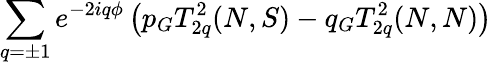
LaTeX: \sum_{q=\pm 1}e^{-2iq\phi}\left(p_{G}T_{2q}^{2}(N,S)-q_{G}T_{2q}^{2}(N,N)\right)